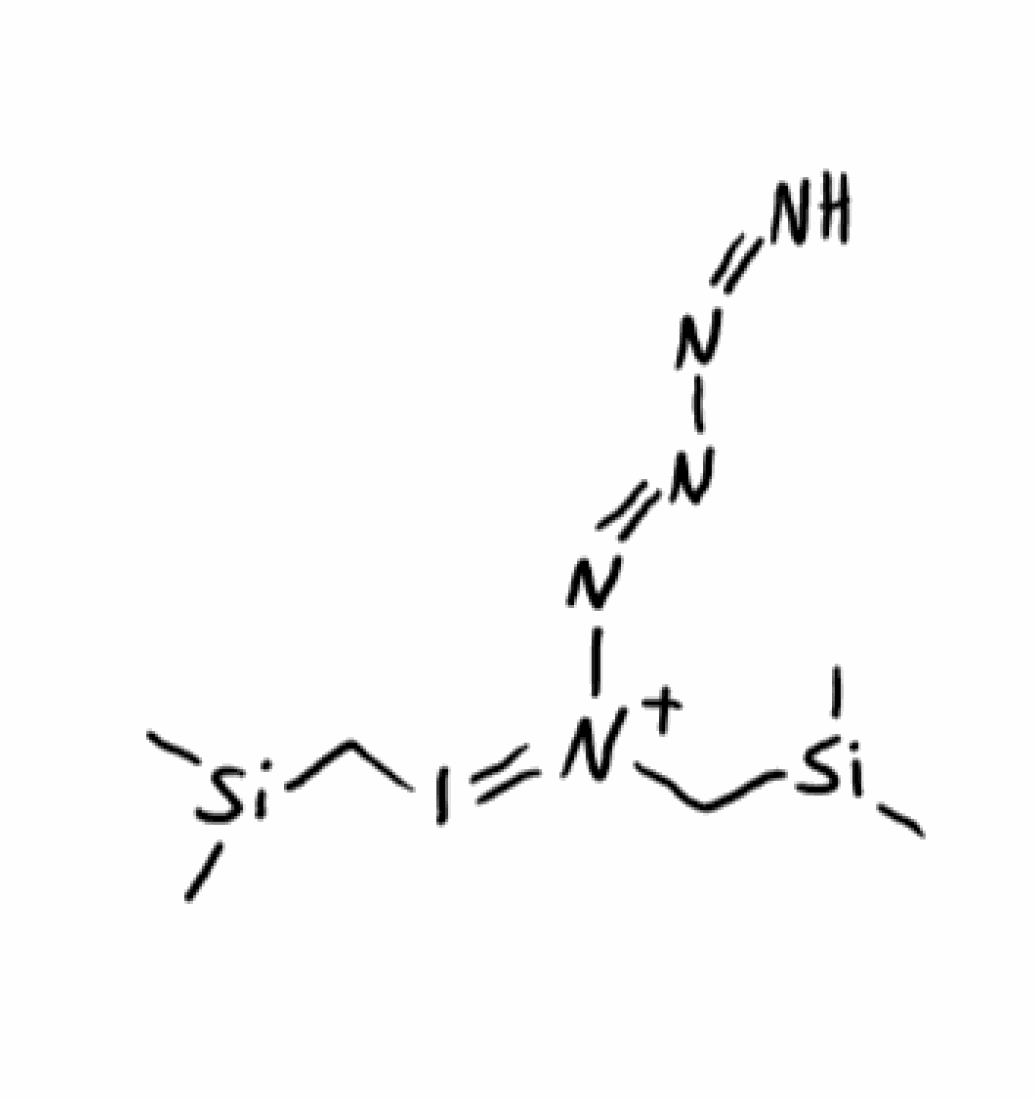
Simplified molecular-input line-entry system (SMILES) notation of the given molecule:
C[Si](C)C[N+](=IC[Si](C)C)/N=N/N=N